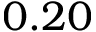
0 . 2 0